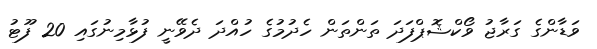
ވަޑާންގެ ގަރާޖު ވޯކްޝޮޕްފަދަ ތަންތަން ހެދުމުގެ ހުއްދަ ދެވޭނީ ފުޅާމިނުގައި 20 ފޫޓު